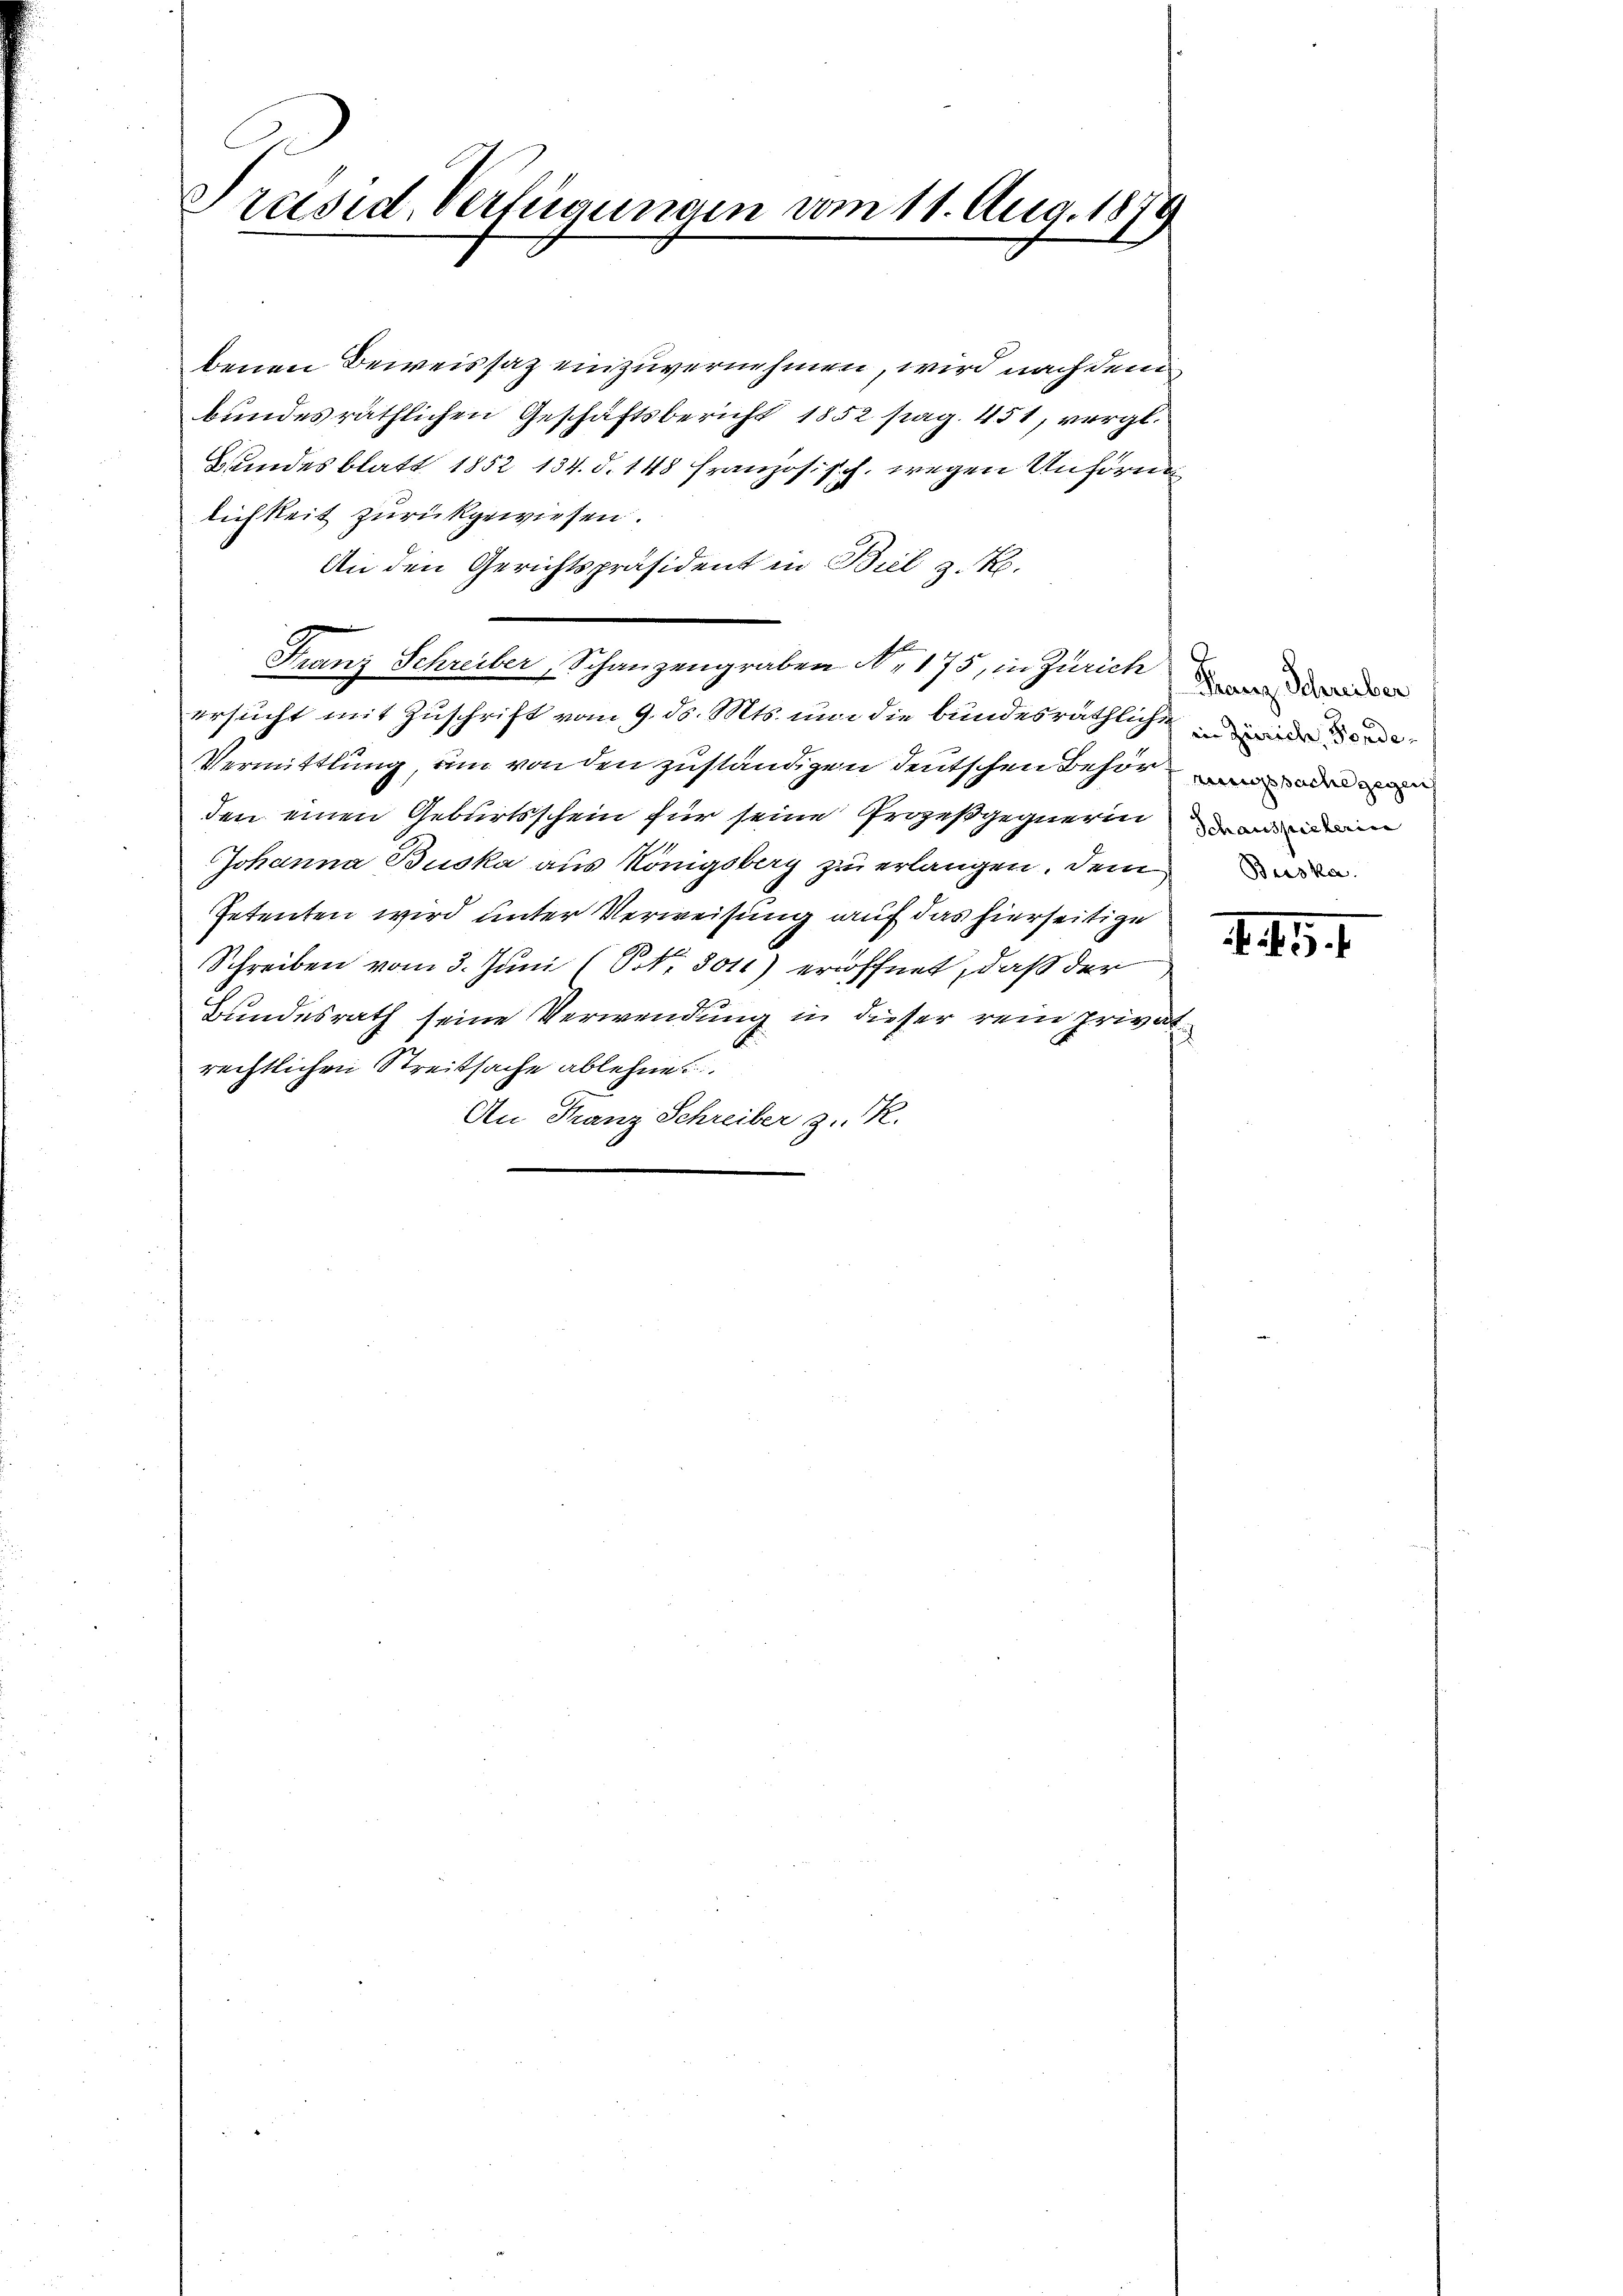
Präsid. Verfügungen vom 11. Aug. 1879

benen Beweissaz einzuvernehmen, wird nach dem
bundes räthlichen Geschäftsbericht 1852 pag. 451, vergl.
Bundesblatt 1852 134. d. 148 französisch, wegen Unförm
lichkeit zurückgewiesen.
An den Gerichtspräsident in Biel z. B.
Franz Schreiber Schanzengraben Nr. 175, in Zürich der
ersucht mit Zuschrift vom 9. ds. Mts. um die bundesräthliche de
Vermittlung, um von den zuständigen deutschen Behörden
den einen Geburtsschein für seine Prozeßgegnerinn
Johanna Buska aus Königsberg zu erlangen. Dem
Petenten wird unter Verweisung auf das hierseitige
Schreiben vom 3. Juni (S. 301) eröffnet, daß der
Bundesrath seine Verwendung in dieser rein privat
rechtlichen Streitsache ablehne.
An Franz Schreiber z. R.

1. 451